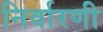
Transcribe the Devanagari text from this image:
निर्वारणी